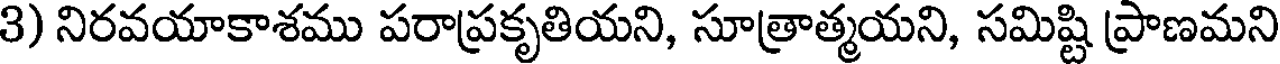
3) నిరవయాకాశము పరాప్రకృతియని, సూత్రాత్మయని, సమిష్టి ప్రాణమని